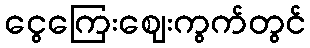
ငွေကြေးဈေးကွက်တွင်